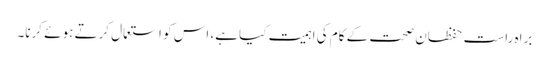
براہ راست حفظان صحت کے کام کی اہمیت کیا ہے، اس کو استعمال کرتے ہوئے کرنا۔